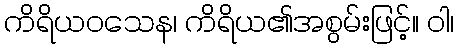
ကိရိယဝသေန၊ ကိရိယ၏အစွမ်းဖြင့်။ ဝါ၊